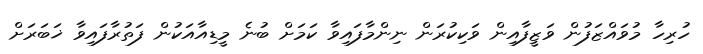
ހުރިހާ މުވައްޒަފުން ވަޒީފާއިން ވަކިކުރަން ނިންމާފައިވާ ކަމަށް ބުނެ މީޑިއާއަކުން ފަތުރާފައިވާ ޚަބަރަށް